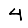
Digit: 4